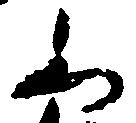
之